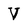
Character: V